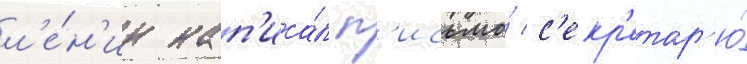
л'е́н'ин нап'иса́л п'исьмо́ с'екр'етар'ю́